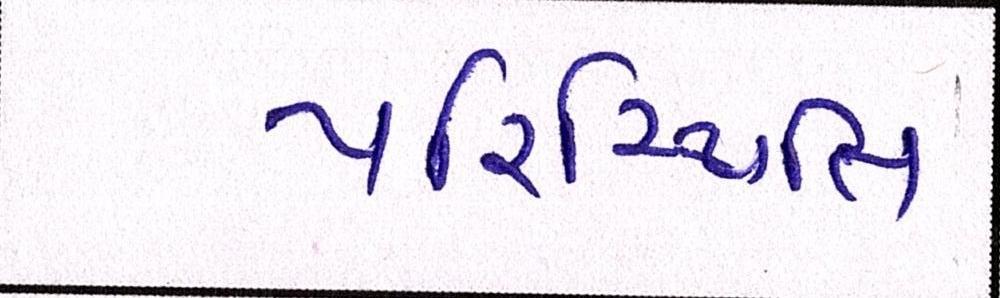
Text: પરિસ્થિતિ